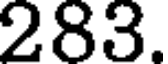
283.